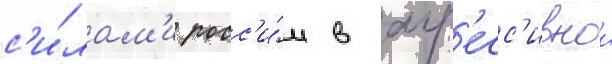
с'и́лам'и росс'и́и в агр'есс'ивнои